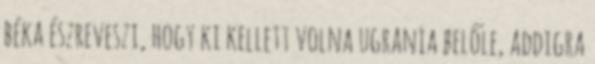
béka észreveszi, hogy ki kellett volna ugrania belőle, addigra